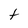
Character: t